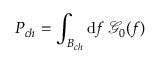
P _ { c h } = \int _ { B _ { c h } } \mathrm { d } f \: \mathcal { G } _ { 0 } ( f )